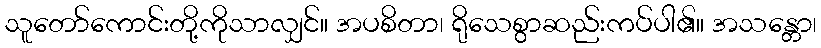
သူတော်ကောင်းတို့ကိုသာလျှင်။ အပစိတာ၊ ရိုသေစွာဆည်းကပ်ပါ၏။ အသန္တော၊